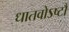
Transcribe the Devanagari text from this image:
धातवोऽष्टौ